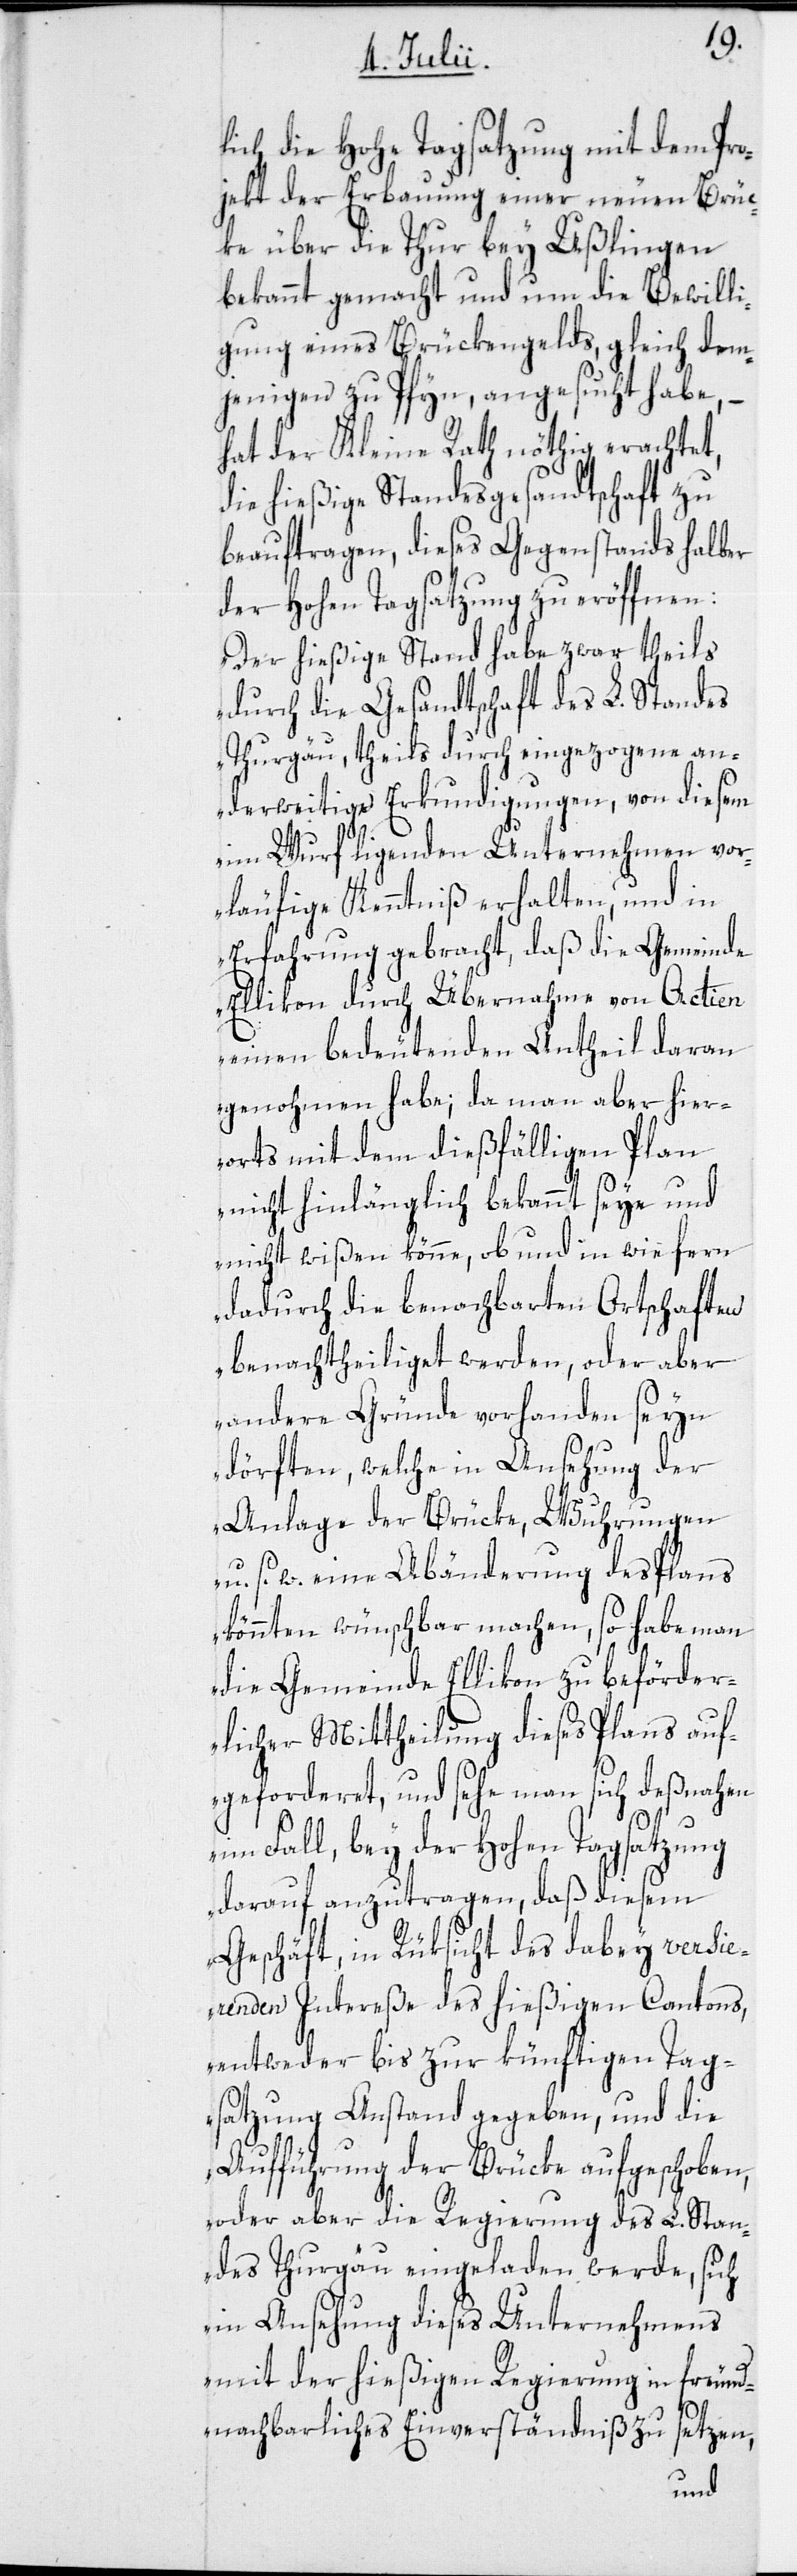
lich die Hohe Tagsatzung mit dem Pro¬
jekt der Erbauung einer neuen Brüc¬
ke über die Thur bey Ußlingen
bekannt gemacht und um die Bewilli¬
gung eines Brückengelds, gleich dem¬
jenigen zu Pfyn, angesucht habe, –
hat der Kleine Rath nöthig erachtet,
die hießige Standesgesandtschaft zu
beauftragen, dieses Gegenstands halber
der Hohen Tagsatzung zu eröffnen:
„Der hießige Stand habe zwar theils
durch die Gesandtschaft des L. Standes
Thurgau, theils durch eingezogene an¬
derweitige Erkundigungen, von diesem
im Wurf ligenden Unternehmen vo¬
rläufige Kenntniß erhalten, und in
Erfahrung gebracht, daß die Gemeinde
Ellikon durch Übernahme von Actien
einen bedeutenden Antheil daran
genohmen habe; da man aber hier¬
orts mit dem dießfälligen Plan
nicht hinlänglich bekannt seye und
nicht wißen könne, ob und in wie fern
dadurch die benachbarten Ortschaften
benachtheiliget werden, oder aber
andere Gründe vorhanden seyn
dörften, welche in Ansehung der
Anlage der Brücke, Wuhrungen
u. s. w., eine Abänderung des Plans
könnten wünschbar machen, so habe man
die Gemeinde Ellikon zu beförder¬
licher Mittheilung dieses Plans auf¬
geforderet, und sehe man sich deßnahen
im Fall, bey der Hohen Tagsatzung
darauf anzutragen, daß diesem
Geschäft, in Rüksicht des dabey versie¬
renden Intereße des hießigen Cantons,
entweder bis zur künftigen Tag¬
satzung Anstand gegeben, und die
Aufführung der Brücke aufgeschoben,
oder aber die Regierung des L. Stan¬
des Thurgau eingeladen werde, sich
in Ansehung dieses Unternehmens
mit der hießigen Regierung in freund¬
nachbarliches Einverständniß zu setzen,